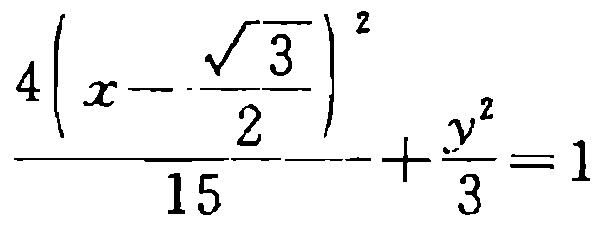
\(\frac{4\left(x - \frac{\sqrt{3}}{2}\right)^2}{15} + \frac{y^2}{3} = 1\)